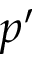
p ^ { \prime }